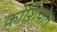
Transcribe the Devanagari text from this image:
क्रोशियात